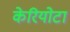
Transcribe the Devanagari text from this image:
केरियोटा